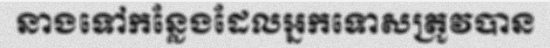
នាងទៅកន្លែងដែលអ្នកទោសត្រូវបាន